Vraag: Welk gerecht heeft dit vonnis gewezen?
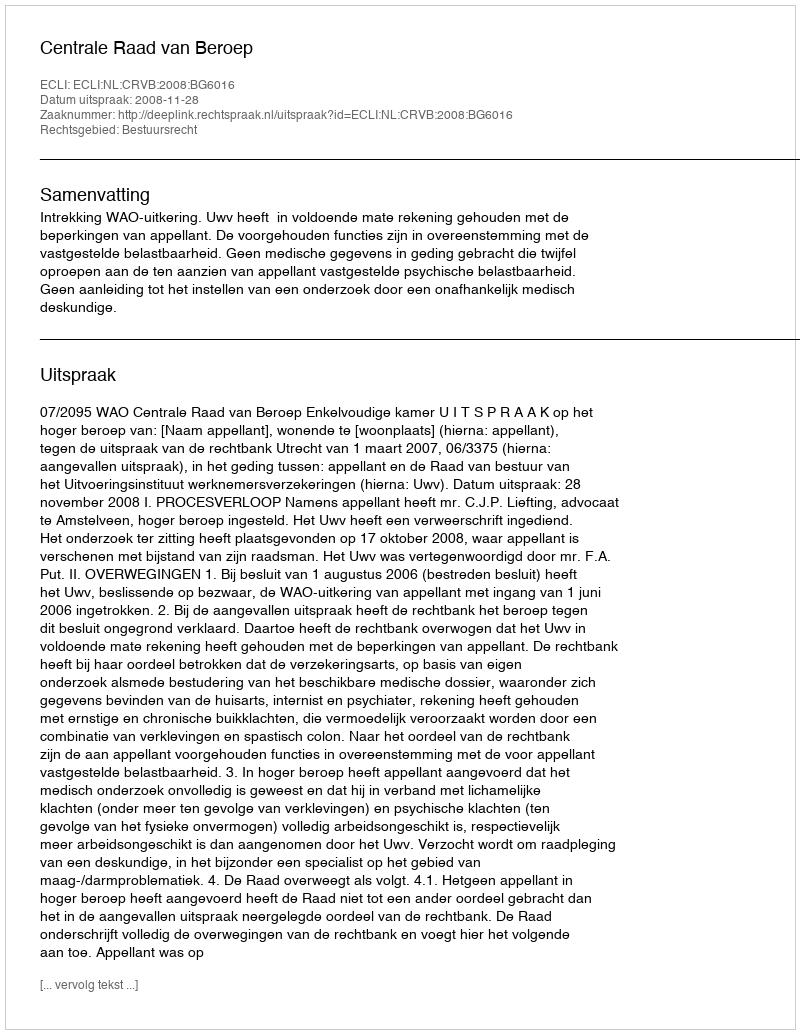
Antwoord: Centrale Raad van Beroep